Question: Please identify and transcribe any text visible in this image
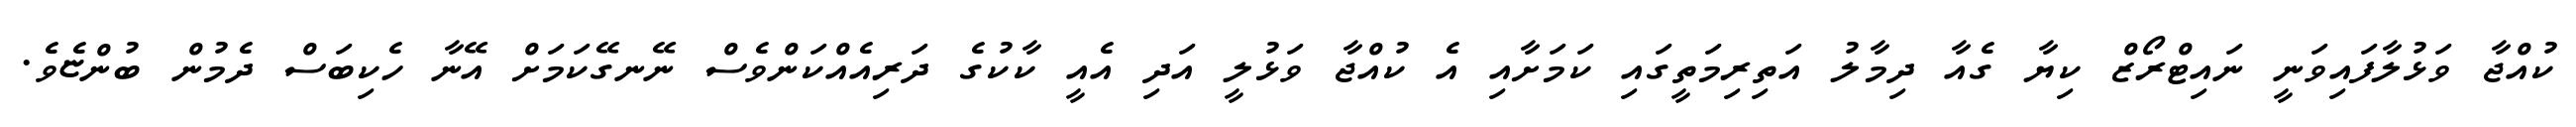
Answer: ކުއްޖާ ވަޅުލާފައިވަނީ ނައިޓްރޯޒް ކިޔާ ގެއާ ދިމާލު އަތިރިމަތީގައި ކަމަށާއި އެ ކުއްޖާ ވަޅުލީ އަދި އެއީ ކާކުގެ ދަރިއެއްކަންވެސް ނޭނގޭކަމަށް އޭނާ ހެކިބަސް ދެމުން ބުންޏެވެ.